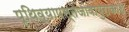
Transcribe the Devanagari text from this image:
पृथिव्यापस्तेजोवायुराकाश